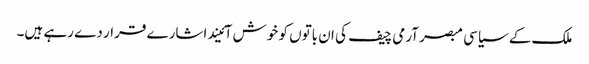
ملک کے سیاسی مبصر آرمی چیف کی ان باتوں کو خوش آئیند اشارے قرار دے رہے ہیں۔